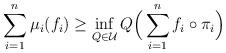
LaTeX: \begin{gather*}\sum_{i=1}^n\mu_i(f_i)\ge\inf_{Q\in\mathcal{U}}Q\Bigl(\,\sum_{i=1}^nf_i\circ\pi_i\Bigr)\end{gather*}